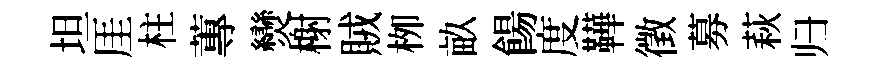
坦厓柱蓴𤓖榭賊栁畝餳度鞾徵募萩归